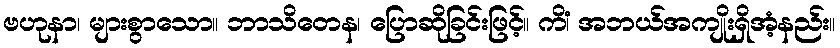
ဗဟုနာ၊ များစွာသော။ ဘာသိတေန၊ ပြောဆိုခြင်းဖြင့်။ ကိံ၊ အဘယ်အကျိုးရှိအံ့နည်း။